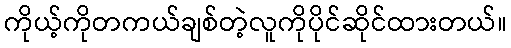
ကိုယ့်ကိုတကယ်ချစ်တဲ့လူကိုပိုင်ဆိုင်ထားတယ်။